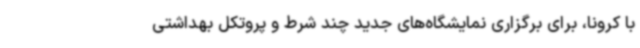
با کرونا، برای برگزاری نمایشگاه‌های جدید چند شرط و پروتکل بهداشتی